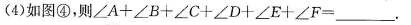
(4)如图④，则$$\angle A+\angle B+\angle C+\angle D+\angle E+\angle F=___$$.